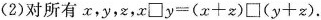
(2)对所有x，y，z，$$x\square y=(x+z)\square (y+z)。$$